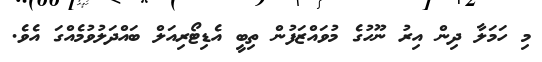
މި ހަމަލާ ދިން އިރު ނޫހުގެ މުވައްޒަފުން ތިބީ އެޑިޓޯރިއަލް ބައްދަލުވުމެއްގަ އެވެ.